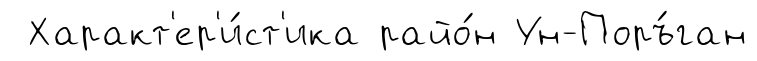
Характ'ер'и́ст'ика райо́н Ун-Поръ́ган